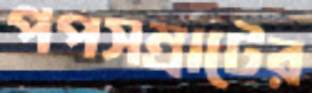
পপসম্রাটের